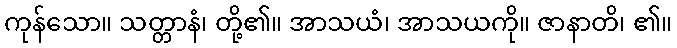
ကုန်သော။ သတ္တာနံ၊ တို့၏။ အာသယံ၊ အာသယကို။ ဇာနာတိ၊ ၏။